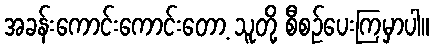
အခန်းကောင်းကောင်းတော့ သူတို့ စီစဉ်ပေးကြမှာပါ။